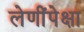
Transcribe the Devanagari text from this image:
लेणींपेक्षा